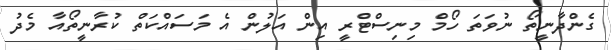
ގެންދާނީތޯ ނުވަތަ ހޯމް މިނިސްޓްރީ އިން އަލުން އެ މަސައްކަތް ކުރާނީތޯއާ މެދު